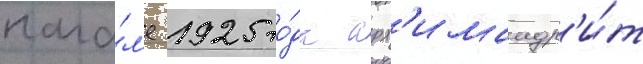
нача́л'е 1925 го́да арх'имандр'и́т